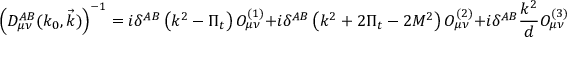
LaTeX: \left( { \cal D } _ { \mu \nu } ^ { A B } ( k _ { 0 } , \vec { k } ) \right) ^ { - 1 } = i \delta ^ { A B } \left( k ^ { 2 } - \Pi _ { t } \right) O _ { \mu \nu } ^ { ( 1 ) } + i \delta ^ { A B } \left( k ^ { 2 } + 2 \Pi _ { t } - 2 M ^ { 2 } \right) O _ { \mu \nu } ^ { ( 2 ) } + i \delta ^ { A B } \frac { k ^ { 2 } } { d } O _ { \mu \nu } ^ { ( 3 ) } .